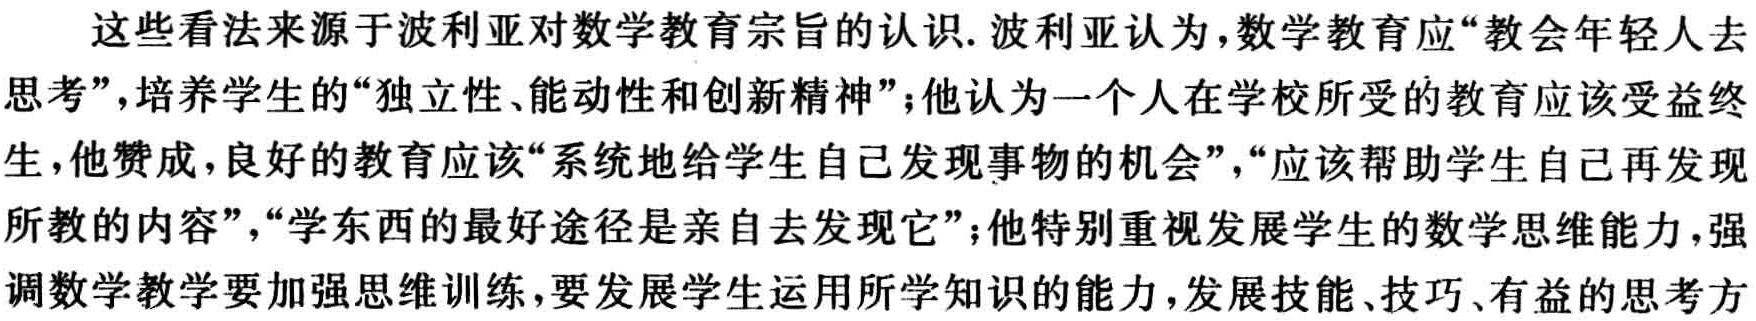
这些看法来源于波利亚对数学教育宗旨的认识. 波利亚认为，数学教育应“教会年轻人去思考”，培养学生的“独立性、能动性和创新精神”；他认为一个人在学校所受的教育应该受益终生，他赞成，良好的教育应该“系统地给学生自己发现事物的机会”，“应该帮助学生自己再发现所教的内容”，“学东西的最好途径是亲自去发现它”；他特别重视发展学生的数学思维能力，强调数学教学要加强思维训练，要发展学生运用所学知识的能力，发展技能、技巧、有益的思考方